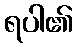
ရပါ၏